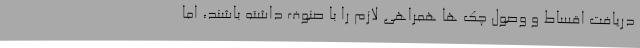
دریافت اقساط و وصول چک ها همراهی لازم را با صنوف داشته باشند، اما